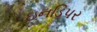
ઇનડિપર